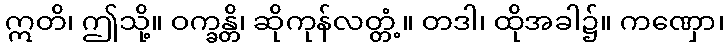
ဣတိ၊ ဤသို့။ ဝက္ခန္တိ၊ ဆိုကုန်လတ္တံ့။ တဒါ၊ ထိုအခါ၌။ ကဏှော၊